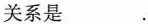
关系是___.